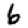
Digit: 6